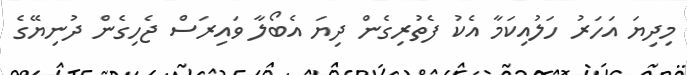
މިދިޔަ އަހަރު ހަލުއިކަމާ އެކު ފެތުރިގެން ދިޔަ އެބޯލާ ވައިރަސް ޖެހިގެން ދުނިޔޭގެ